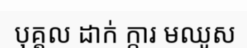
បុគ្គល ដាក់ ក្តារ មឈូស